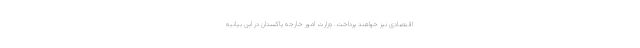
اقتصادی نیز خواهند پرداخت. وزارت امور خارجه پاکستان در این بیانیه